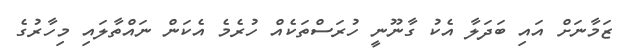
ޒަމާނަށް އައި ބަދަލާ އެކު ގާނޫނީ ހުރަސްތަކެއް ހުރެމެ އެކަން ނައްތާލައި މިހާރުގެ